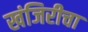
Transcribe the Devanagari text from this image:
खंजिरीचा